Leaving Certificate Examination (including Day School Certificate (Higher) General paper), 1930
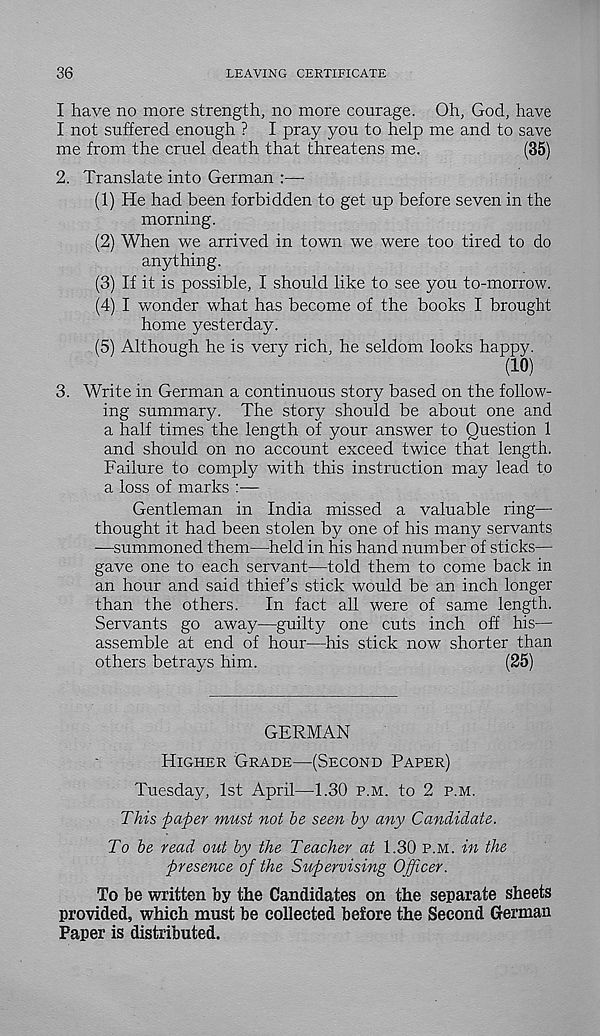
36
LEAVING CERTIFICATE
I have no more strength, no more courage. Oh, God, have
I not suffered enough ? I pray you to help me and to save
me from the cruel death that threatens me.
(35)
2. Translate into German :—
(1) He had been forbidden to get up before seven in the
morning.
(2) When we arrived in town we were too tired to do
anything.
(3) If it is possible, I should like to see you to-morrow.
(4) I wonder what has become of the books I brought
home yesterday.
(5) Although he is very rich, he seldom looks happy.
(10)
3. Write in German a continuous story based on the follow-
ing summary. The story should be about one and
a half times the length of your answer to Question 1
and should on no account exceed twice that length.
Failure to comply with this instruction may lead to
a loss of marks :—
Gentleman in India missed a valuable ring—
thought it had been stolen by one of his many servants
—summoned them—held in his hand number of sticks—
gave one to each servant—told them to come back in
an hour and said thief’s stick would be an inch longer
than the others.
In fact all were of same length.
Servants go away—guilty one cuts inch off his—
assemble at end of hour—his stick now shorter than
others betrays him.
(25)
GERMAN
Higher Grade—(Second Paper)
Tuesday, 1st April—1.30 p.m. to 2 p.m.
This paper must not be seen by any Candidate.
To be read out by the Teacher at 1.30 p.m. in the
presence of the Supervising Officer.
To be written by the Candidates on the separate sheets
provided, which must be collected before the Second German
Paper is distributed.